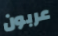
عربون